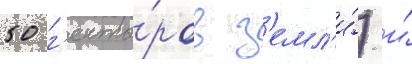
50 г'екта́ров з'емл'и́) и́